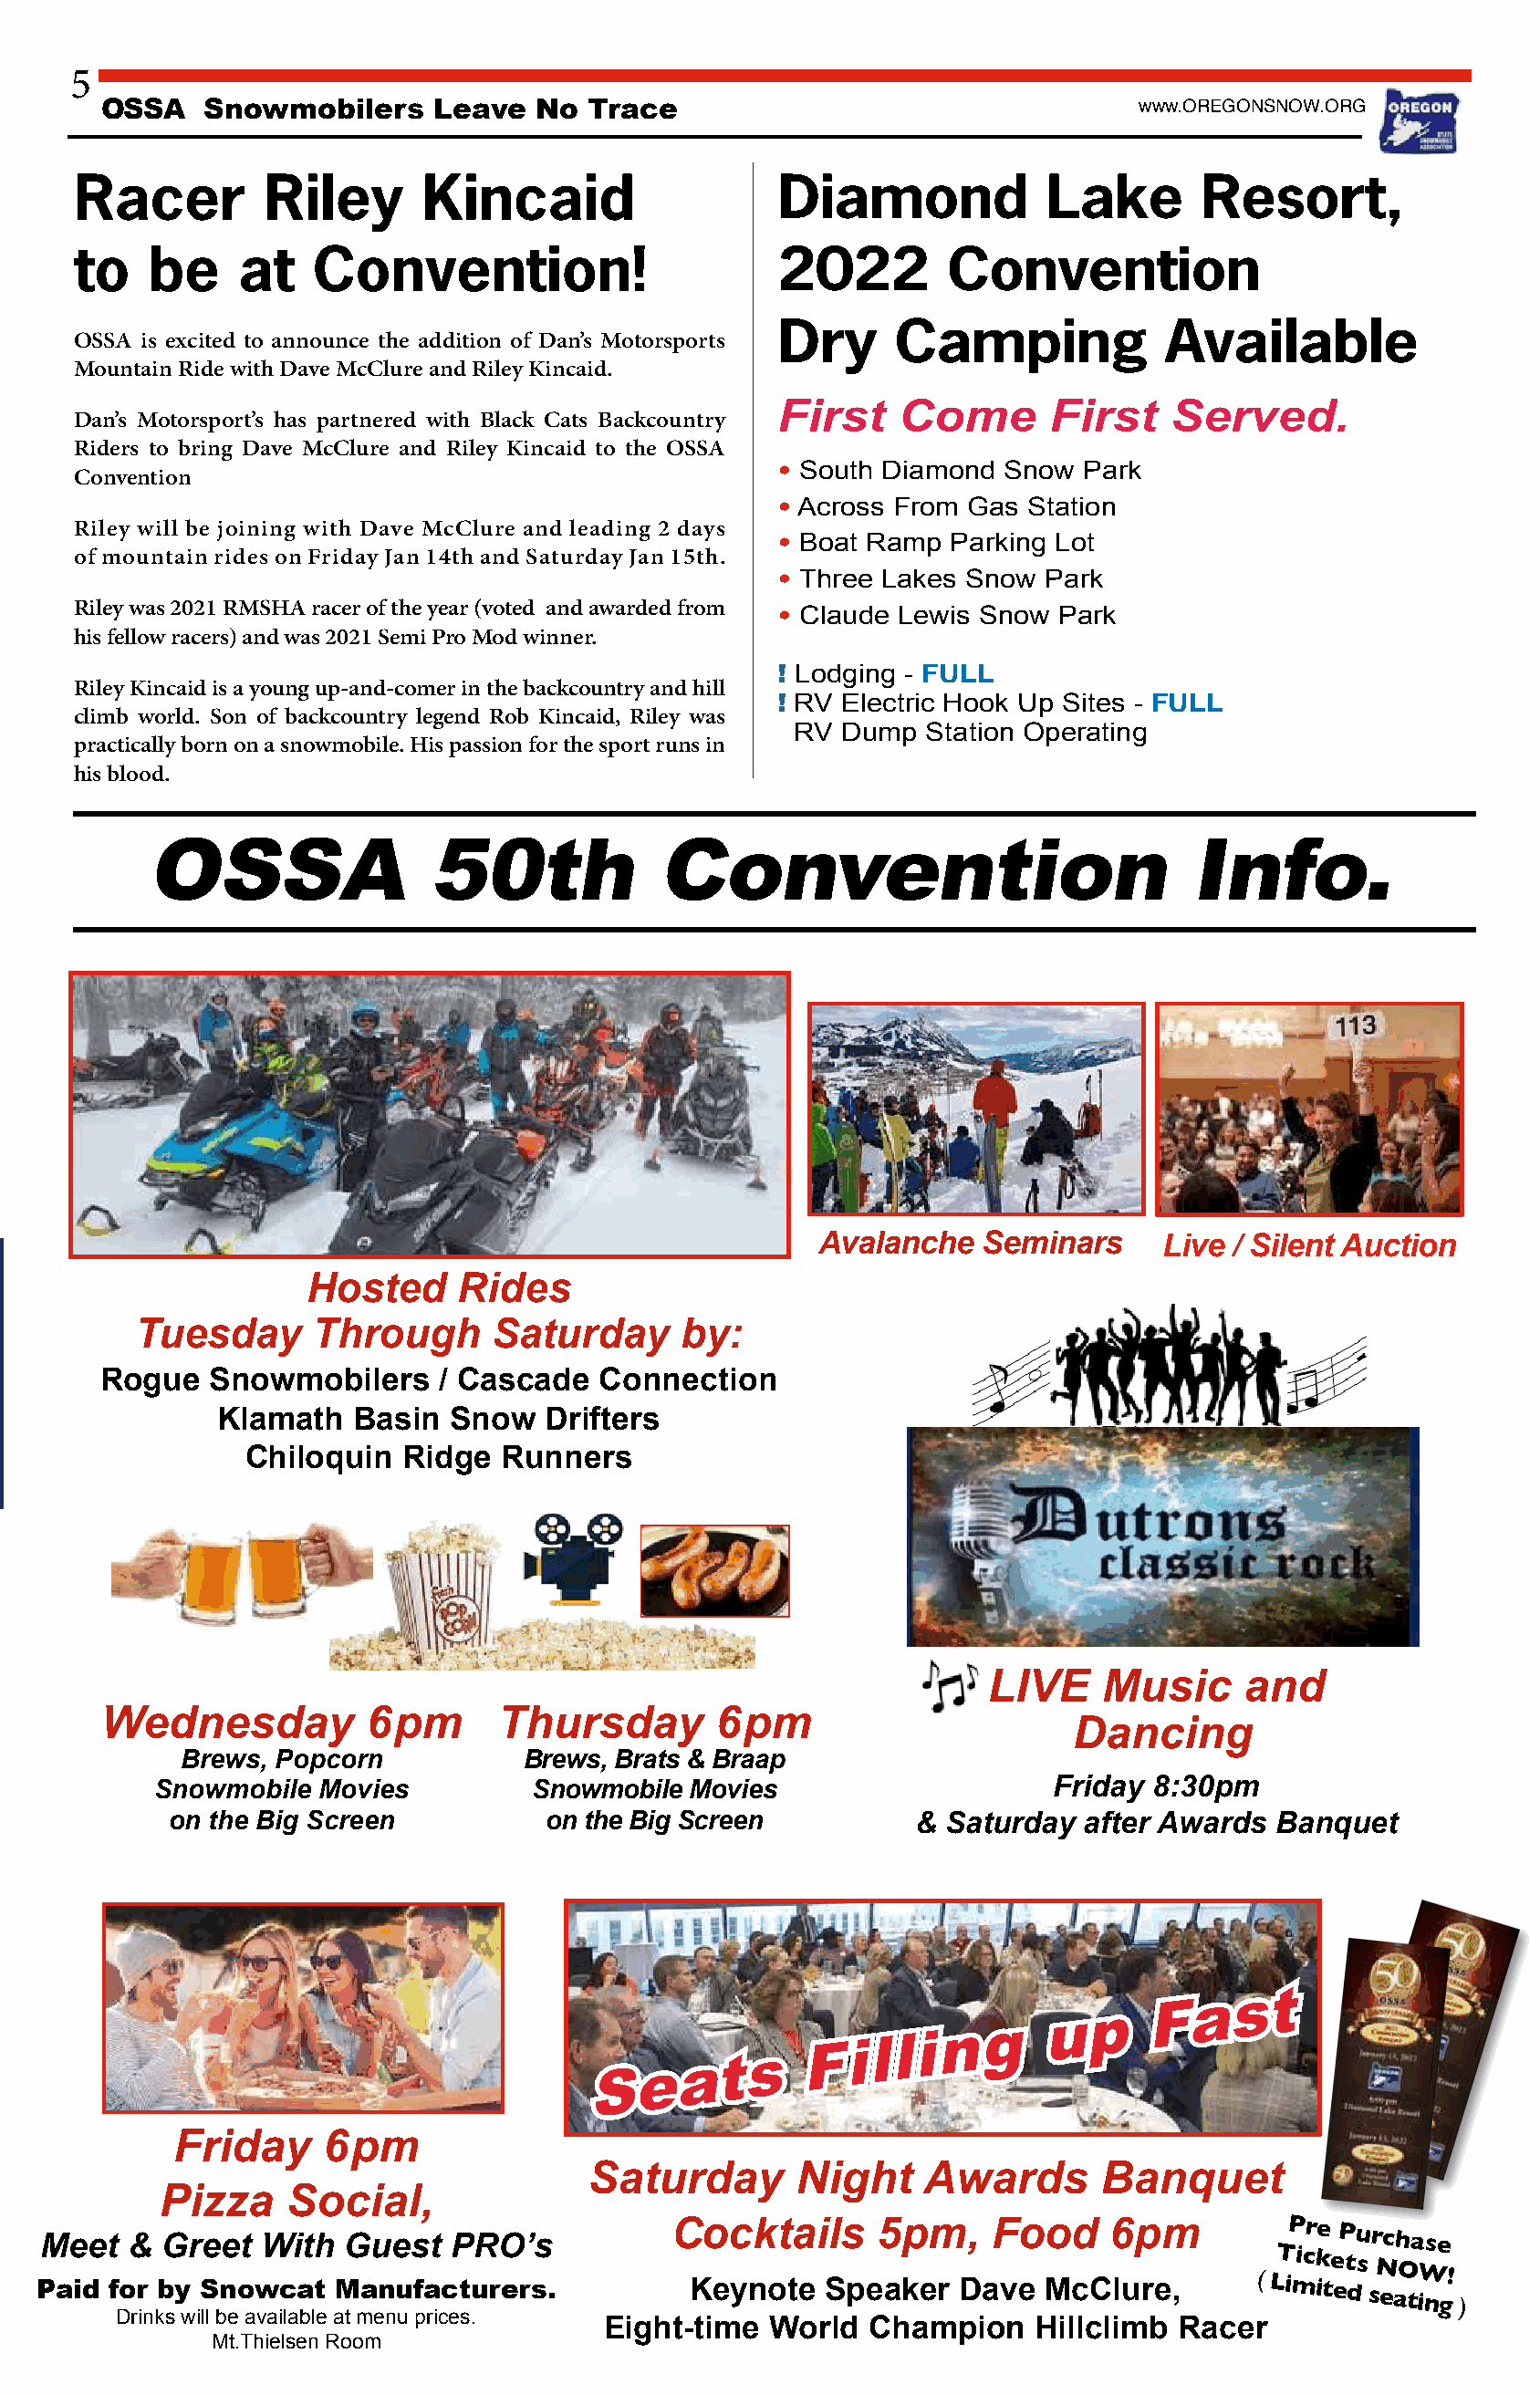
5
 OSSA    Snowmobilers    Leave   No  Trace                                   www.OREGONSNOW.ORG
 Racer         Riley       Kincaid                  Diamond             Lake       Resort,
 to    be    at    Convention!                      2022         Convention
 Dry      Camping             Available
 OSSA is excited to announce the addition of Dan’s Motorsports
 Mountain Ride with Dave McClure and Riley Kincaid.
 First    Come       First    Served.
 Dan’s Motorsport’s has partnered with Black Cats Backcountry
 Riders to bring Dave McClure and Riley Kincaid to the OSSA
 Convention                                         • South Diamond  Snow  Park
 • Across From Gas  Station
 Riley will be joining with Dave McClure and leading 2 days
 • Boat Ramp  Parking Lot
 of mountain rides on Friday Jan 14th and Saturday Jan 15th.
 • Three Lakes Snow  Park
 Riley was 2021 RMSHA racer of the year (voted and awarded from • Claude Lewis Snow Park
 his fellow racers) and was 2021 Semi Pro Mod winner.
 ! Lodging - FULL
 Riley Kincaid is a young up-and-comer in the backcountry and hill
 ! RV Electric Hook Up Sites - FULL
 climb world. Son of backcountry legend Rob Kincaid, Riley was
 RV Dump  Station Operating
 practically born on a snowmobile. His passion for the sport runs in
 his blood.
 OSSA                50th             Convention                            Info.
 Avalanche   Seminars     Live / Silent Auction
 Hosted     Rides
 Tuesday      Through      Saturday     by:
 Rogue   Snowmobilers     / Cascade   Connection
 Klamath   Basin  Snow   Drifters
 Chiloquin  Ridge  Runners
 LIVE    Music     and
 Wednesday           6pm      Thursday        6pm
 Dancing
 Brews, Popcorn           Brews, Brats & Braap
 Snowmobile  Movies          Snowmobile Movies                    Friday  8:30pm
 on the Big Screen           on the Big Screen         &  Saturday  after Awards  Banquet
 Friday    6pm
 Saturday       Night    Awards       Banquet
 Pizza    Social,
 Meet  &  Greet  With  Guest   PRO’s
 Cocktails      5pm,    Food     6pm         Pre
 Purchase
 Paid for by Snowcat  Manufacturers.            Keynote   Speaker   Dave  McClure,
 ( LT imic ik te et ds
 s
 N eaO tiW ng!
 )
 Drinks will be available at menu prices.
 Eight-time  World  Champion    Hillclimb Racer
 Mt.Thielsen Room
 S  e  a  t s
 F  i l l i n g
 u  p
 F  a  s  t